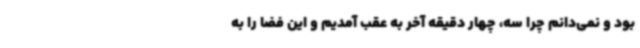
بود و نمی‌دانم چرا سه، چهار دقیقه آخر به عقب آمدیم و این فضا را به